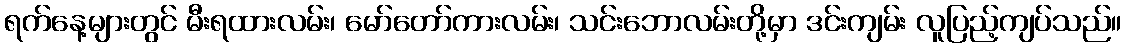
ရက်နေ့များတွင် မီးရထားလမ်း၊ မော်တော်ကားလမ်း၊ သင်းဘောလမ်းတို့မှာ ဒင်းကျမ်း လူပြည့်ကျပ်သည်။